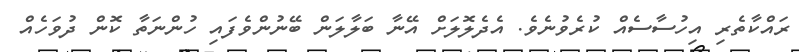
ރައްކާތެރި އިހުސާސެއް ކުރެވުނެވެ. އެދެލޮލަށް އޭނާ ބަލާލަން ބޭނުންވެފައި ހުންނަތާ ކޮން ދުވަހެއް